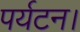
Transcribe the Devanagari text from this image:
पर्यटन।